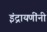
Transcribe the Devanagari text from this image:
इंद्रायणींनी